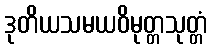
ဒုတိယသမယဝိမုတ္တသုတ္တံ